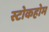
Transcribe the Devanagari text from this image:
स्टोकहोम